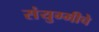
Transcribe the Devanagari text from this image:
संयुग्मीचे